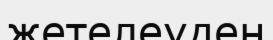
жетелеуден